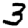
Digit: 3